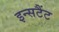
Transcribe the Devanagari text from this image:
इन्सटैंट